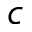
c